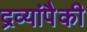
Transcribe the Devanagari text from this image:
द्रव्यांपैकी